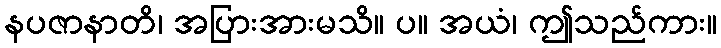
နပဇာနာတိ၊ အပြားအားမသိ။ ပ။ အယံ၊ ဤသည်ကား။